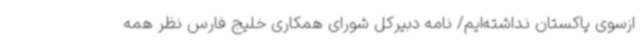
ازسوی پاکستان نداشته‌ایم/ نامه دبیرکل شورای همکاری خلیج فارس نظر همه